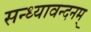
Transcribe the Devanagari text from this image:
सन्ध्यावन्दनम्